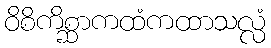
ဝိစိကိစ္ဆာကထံကထာသလ္လံ